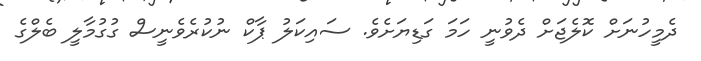
ދެމީހުނަށް ކޮލެޖަށް ދެވުނީ ހަމަ ގަޑިޔަށެވެ. ސައިކަލު ޕާކް ނުކުރެވެނީސް ގުގުމާލީ ބެލްގެ